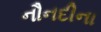
નૌનદીના